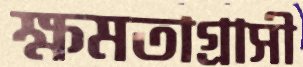
ক্ষমতাগ্রাসী